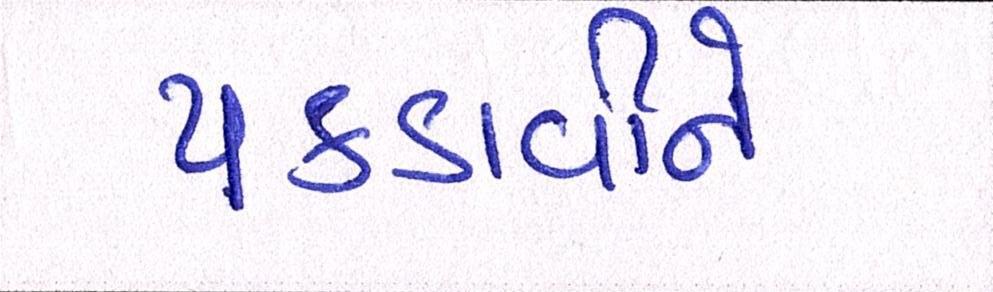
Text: પકડાવીને